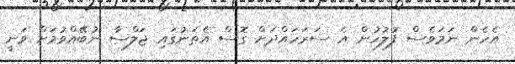
އެހެން ނަމަވެސް ފުލުހުން އެ ސަރަހައްދަށް ގޮސް އެތަނުގައި ޖަލްސާ ނުބޭއްވުމަށް ވަނީ